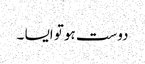
دوست ہو تو ایسا ۔